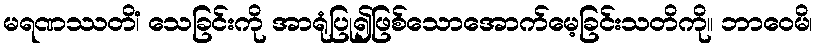
မရဏဿတိံ၊ သေခြင်းကို အာရုံပြု၍ဖြစ်သောအောက်မေ့ခြင်းသတိကို။ ဘာဝေမိ၊